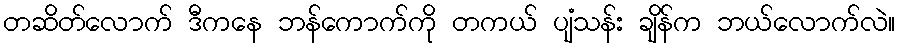
တဆိတ်လောက် ဒီကနေ ဘန်ကောက်ကို တကယ် ပျံသန်း ချိန်က ဘယ်လောက်လဲ။